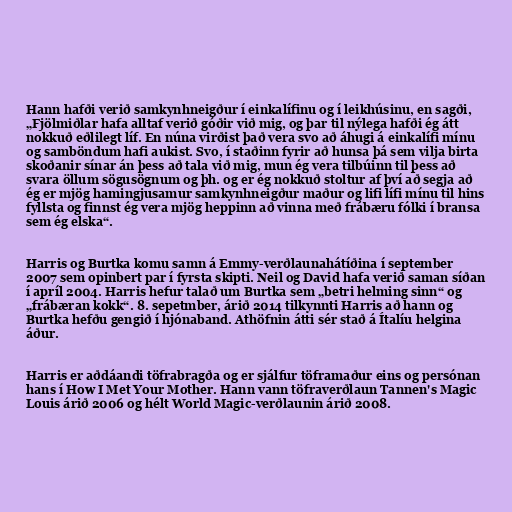
Hann hafði verið samkynhneigður í einkalífinu og í leikhúsinu, en sagði,
„Fjölmiðlar hafa alltaf verið góðir við mig, og þar til nýlega hafði ég átt
nokkuð eðlilegt líf. En núna virðist það vera svo að áhugi á einkalífi mínu
og samböndum hafi aukist. Svo, í staðinn fyrir að hunsa þá sem vilja birta
skoðanir sínar án þess að tala við mig, mun ég vera tilbúinn til þess að
svara öllum sögusögnum og þh. og er ég nokkuð stoltur af því að segja að
ég er mjög hamingjusamur samkynhneigður maður og lifi lífi mínu til hins
fyllsta og finnst ég vera mjög heppinn að vinna með frábæru fólki í bransa
sem ég elska“.

Harris og Burtka komu samn á Emmy-verðlaunahátíðina í september
2007 sem opinbert par í fyrsta skipti. Neil og David hafa verið saman síðan
í apríl 2004. Harris hefur talað um Burtka sem „betri helming sinn“ og
„frábæran kokk“. 8. sepetmber, árið 2014 tilkynnti Harris að hann og
Burtka hefðu gengið í hjónaband. Athöfnin átti sér stað á Ítalíu helgina
áður.

Harris er aðdáandi töfrabragða og er sjálfur töframaður eins og persónan
hans í How I Met Your Mother. Hann vann töfraverðlaun Tannen's Magic
Louis árið 2006 og hélt World Magic-verðlaunin árið 2008.